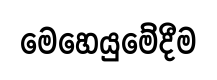
මෙහෙයුමේදීම